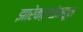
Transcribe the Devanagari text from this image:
झारेकऱ्यांकडून